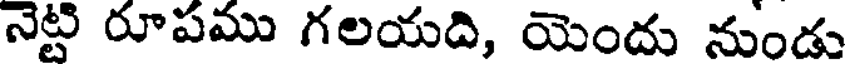
నెట్టి రూపము గలయది, యెందు నుండు